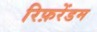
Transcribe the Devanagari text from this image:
रिफ़रेंडम